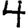
Digit: 4